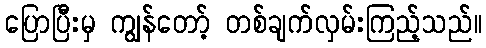
ပြောပြီးမှ ကျွန်တော့် တစ်ချက်လှမ်းကြည့်သည်။